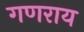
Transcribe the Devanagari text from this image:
गणराय